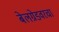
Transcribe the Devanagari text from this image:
बेलग्रेडवरचा